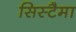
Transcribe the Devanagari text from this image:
सिस्टैमा